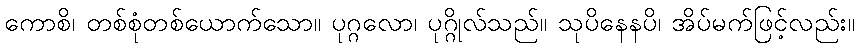
ကောစိ၊ တစ်စုံတစ်ယောက်သော။ ပုဂ္ဂလော၊ ပုဂ္ဂိုလ်သည်။ သုပိနေနပိ၊ အိပ်မက်ဖြင့်လည်း။